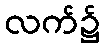
လက်၌